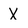
Character: X